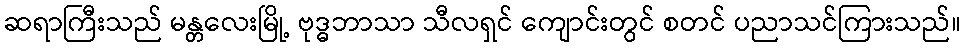
ဆရာကြီးသည် မန္တလေးမြို့ ဗုဒ္ဓဘာသာ သီလရှင် ကျောင်းတွင် စတင် ပညာသင်ကြားသည်။